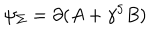
LaTeX: \psi _ { \Sigma } = \partial ( A + \gamma ^ { 5 } B )